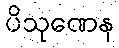
ပိသုဏေန